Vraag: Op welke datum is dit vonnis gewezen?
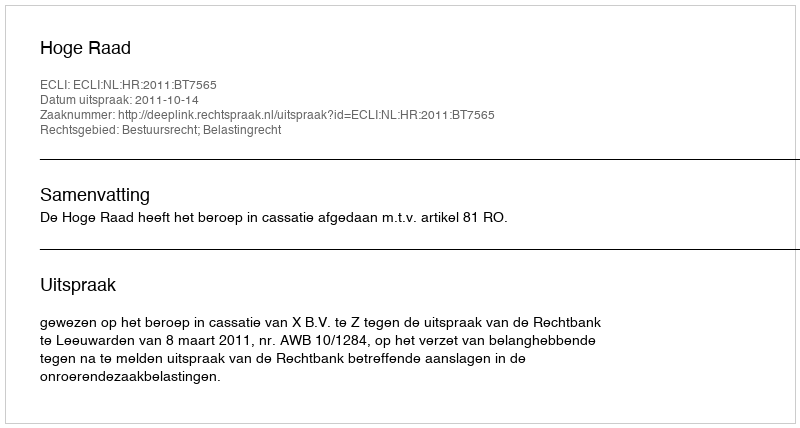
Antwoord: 2011-10-14